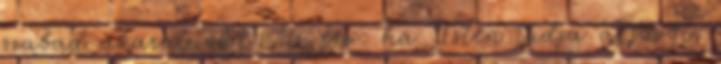
szabad akaratunk? Az érv: ha Isten tudja a jövőt,